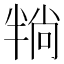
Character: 𪟶